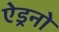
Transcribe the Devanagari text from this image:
ऐड्रनो